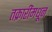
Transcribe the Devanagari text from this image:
तक्रारींमधून